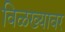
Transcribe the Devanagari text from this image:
विळख्यावर